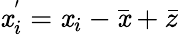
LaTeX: \mathit{x}_{i}^{'}=\mathit{x}_{i}-{\bar{{\mathit{x}}}}+{\bar{{z}}}